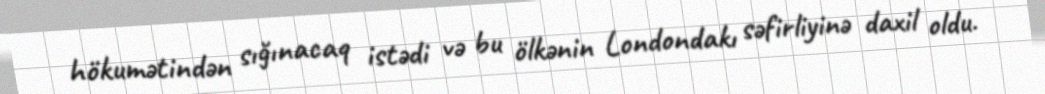
hökumətindən sığınacaq istədi və bu ölkənin Londondakı səfirliyinə daxil oldu.